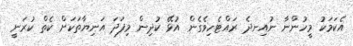
އެކަމަކު މީހުންނާ ނުއިނދެ ރައްޓެހިވެގެން އުޅޭ ކުދިން މިފަދަ އަނިޔާތަކަށް ކެތް ކުރަނީ